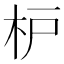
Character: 枦